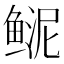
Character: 𩾆